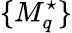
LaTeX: \{ M_{q}^{\star}\}